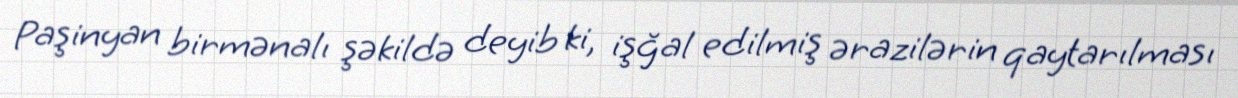
Paşinyan birmənalı şəkildə deyib ki, işğal edilmiş ərazilərin qaytarılması